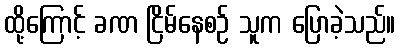
ထို့ကြောင့် ခဏ ငြိမ်နေစဉ် သူက ပြောခဲ့သည်။